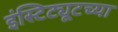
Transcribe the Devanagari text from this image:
इंस्टिट्यूटच्या